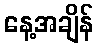
နေ့အချိန်